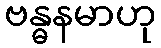
ဗန္ဓနမာဟု